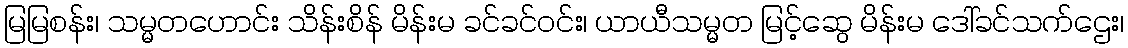
မြမြစန်း၊ သမ္မတဟောင်း သိန်းစိန် မိန်းမ ခင်ခင်ဝင်း၊ ယာယီသမ္မတ မြင့်ဆွေ မိန်းမ ဒေါ်ခင်သက်ဌေး၊